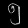
Digit: ၅